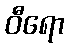
ဝီရော